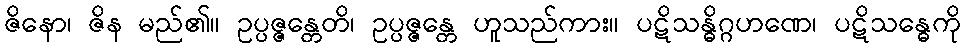
ဇိနော၊ ဇိန မည်၏။ ဥပ္ပဇ္ဇန္တေတိ၊ ဥပ္ပဇ္ဇန္တေ ဟူသည်ကား။ ပဋိသန္ဓိဂ္ဂဟဏေ၊ ပဋိသန္ဓေကို